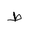
Letter: _da